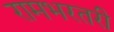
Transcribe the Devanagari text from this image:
रामभरतरी